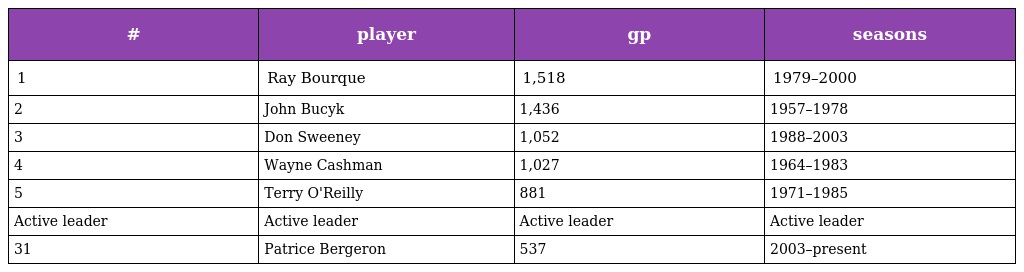
| # | player | gp | seasons |
 | --- | --- | --- | --- |
 | 1 | Ray Bourque | 1,518 | 1979–2000 |
 | 2 | John Bucyk | 1,436 | 1957–1978 |
 | 3 | Don Sweeney | 1,052 | 1988–2003 |
 | 4 | Wayne Cashman | 1,027 | 1964–1983 |
 | 5 | Terry O'Reilly | 881 | 1971–1985 |
 | Active leader | Active leader | Active leader | Active leader |
 | 31 | Patrice Bergeron | 537 | 2003–present |